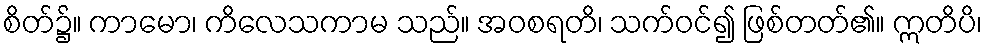
စိတ်၌။ ကာမော၊ ကိလေသကာမ သည်။ အဝစရတိ၊ သက်ဝင်၍ ဖြစ်တတ်၏။ ဣတိပိ၊